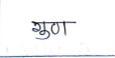
मजकूर: गुण